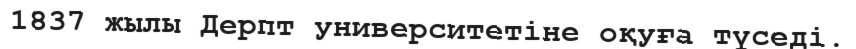
1837 жылы Дерпт университетіне оқуға түседі.